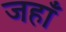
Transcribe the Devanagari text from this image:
जहाँं